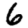
Digit: 6